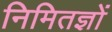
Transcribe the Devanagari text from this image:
निमितज्ञों